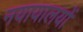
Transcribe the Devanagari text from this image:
नयायालयों